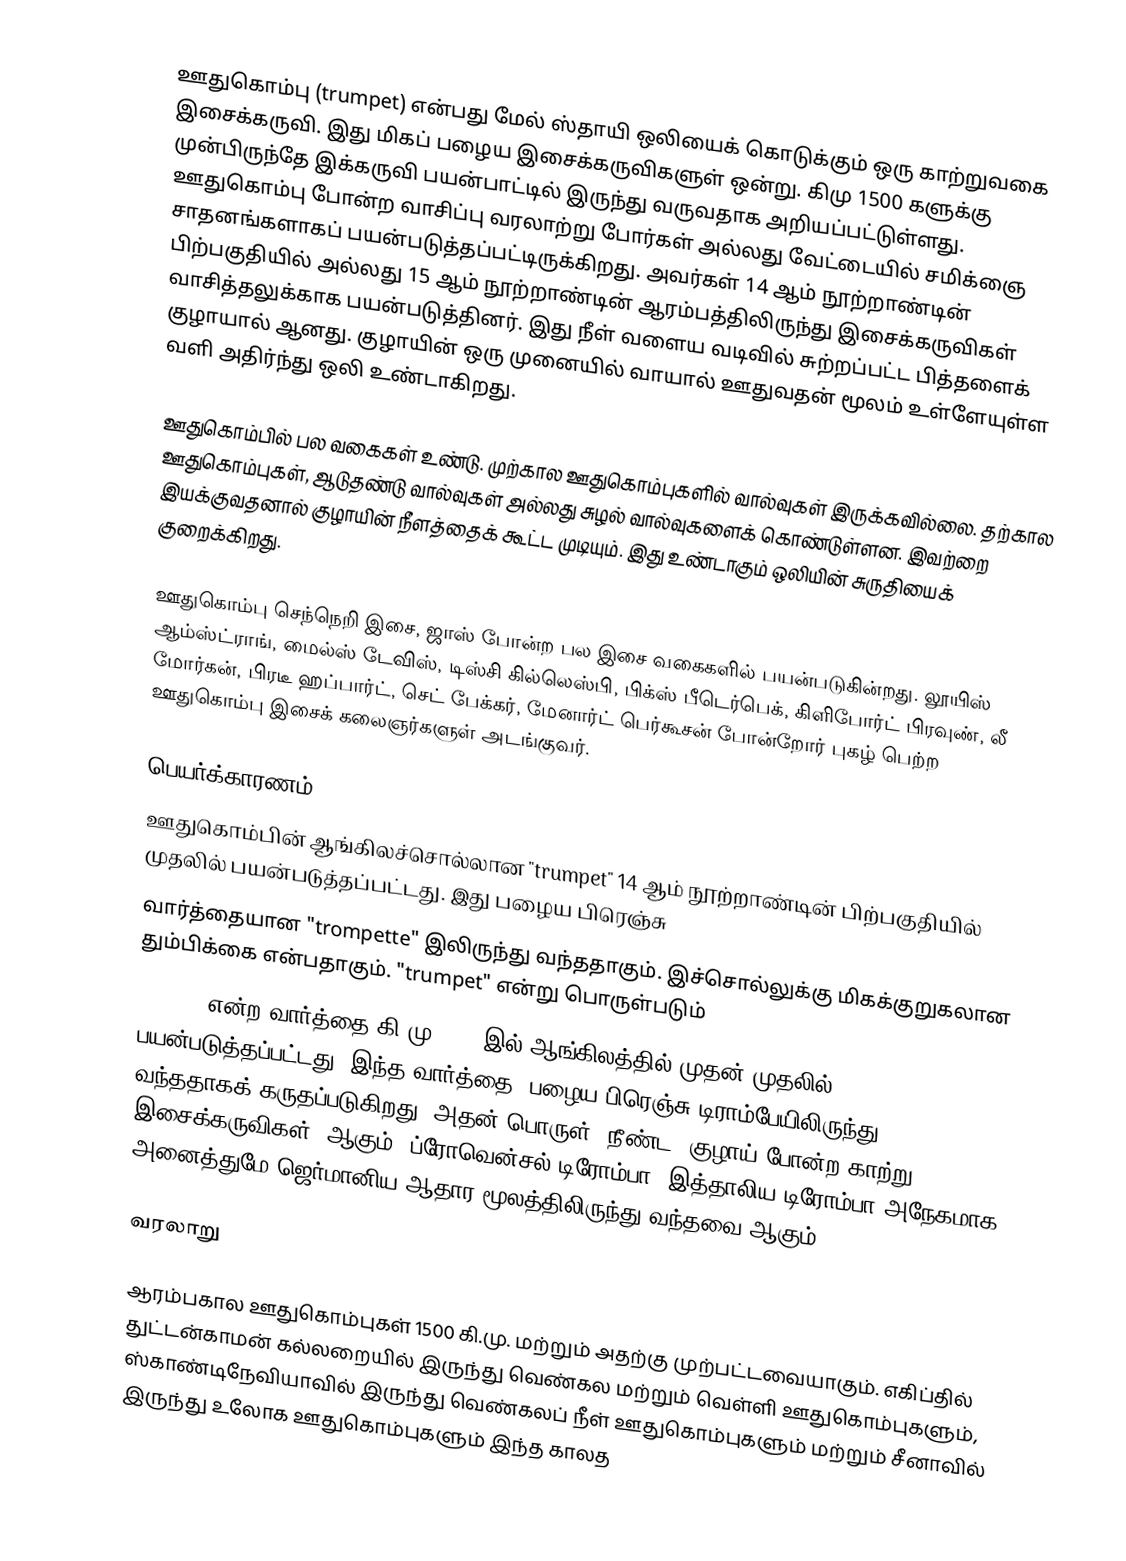
ஊதுகொம்பு (trumpet) என்பது மேல் ஸ்தாயி ஒலியைக் கொடுக்கும் ஒரு காற்றுவகை இசைக்கருவி. இது மிகப் பழைய இசைக்கருவிகளுள் ஒன்று. கிமு 1500 களுக்கு முன்பிருந்தே இக்கருவி பயன்பாட்டில் இருந்து வருவதாக அறியப்பட்டுள்ளது. ஊதுகொம்பு போன்ற வாசிப்பு வரலாற்று போர்கள் அல்லது வேட்டையில் சமிக்ஞை சாதனங்களாகப் பயன்படுத்தப்பட்டிருக்கிறது. அவர்கள் 14 ஆம் நூற்றாண்டின் பிற்பகுதியில் அல்லது 15 ஆம் நூற்றாண்டின் ஆரம்பத்திலிருந்து இசைக்கருவிகள் வாசித்தலுக்காக பயன்படுத்தினர்.  இது நீள் வளைய வடிவில் சுற்றப்பட்ட பித்தளைக் குழாயால் ஆனது. குழாயின் ஒரு முனையில் வாயால் ஊதுவதன் மூலம் உள்ளேயுள்ள வளி அதிர்ந்து ஒலி உண்டாகிறது.

ஊதுகொம்பில் பல வகைகள் உண்டு. முற்கால ஊதுகொம்புகளில் வால்வுகள் இருக்கவில்லை. தற்கால ஊதுகொம்புகள், ஆடுதண்டு வால்வுகள் அல்லது சுழல் வால்வுகளைக் கொண்டுள்ளன. இவற்றை இயக்குவதனால் குழாயின் நீளத்தைக் கூட்ட முடியும். இது உண்டாகும் ஒலியின் சுருதியைக் குறைக்கிறது.

ஊதுகொம்பு செந்நெறி இசை, ஜாஸ் போன்ற பல இசை வகைகளில் பயன்படுகின்றது. லூயிஸ் ஆம்ஸ்ட்ராங், மைல்ஸ் டேவிஸ், டிஸ்சி கில்லெஸ்பி, பிக்ஸ் பீடெர்பெக், கிளிபோர்ட் பிரவுண், லீ மோர்கன், பிரடீ ஹப்பார்ட், செட் பேக்கர், மேனார்ட் பெர்கூசன் போன்றோர் புகழ் பெற்ற ஊதுகொம்பு இசைக் கலைஞர்களுள் அடங்குவர்.

பெயர்க்காரணம்
ஊதுகொம்பின் ஆங்கிலச்சொல்லான "trumpet"  14 ஆம் நூற்றாண்டின் பிற்பகுதியில் முதலில் பயன்படுத்தப்பட்டது.  இது பழைய பிரெஞ்சு
வார்த்தையான "trompette" இலிருந்து வந்ததாகும். இச்சொல்லுக்கு மிகக்குறுகலான தும்பிக்கை என்பதாகும்.  "trumpet" என்று பொருள்படும்
"trump" என்ற வார்த்தை கி.மு 1300 இல் ஆங்கிலத்தில் முதன் முதலில் பயன்படுத்தப்பட்டது. இந்த வார்த்தை "பழைய பிரெஞ்சு டிராம்பேயிலிருந்து (trompe)"  வந்ததாகக் கருதப்படுகிறது. அதன் பொருள் “நீண்ட, குழாய் போன்ற காற்று இசைக்கருவிகள்" ஆகும். ப்ரோவென்சல் டிரோம்பா, இத்தாலிய டிரோம்பா அநேகமாக அனைத்துமே ஜெர்மானிய ஆதார மூலத்திலிருந்து வந்தவை ஆகும்.

வரலாறு

ஆரம்பகால ஊதுகொம்புகள் 1500 கி.மு. மற்றும் அதற்கு முற்பட்டவையாகும். எகிப்தில் துட்டன்காமன் கல்லறையில் இருந்து வெண்கல மற்றும் வெள்ளி ஊதுகொம்புகளும், ஸ்காண்டிநேவியாவில் இருந்து வெண்கலப் நீள் ஊதுகொம்புகளும்  மற்றும் சீனாவில் இருந்து உலோக ஊதுகொம்புகளும் இந்த காலத